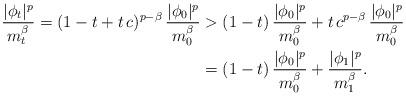
LaTeX: \begin{align*}\frac{|\phi_t|^p}{m_t^\beta}=(1-t+t\,c)^{p-\beta}\, \frac{|\phi_0|^p}{m_0^\beta}&>(1-t)\,\frac{|\phi_0|^p}{m^\beta_0}+t\,c^{p-\beta}\, \frac{|\phi_0|^p}{m_0^\beta}\\&=(1-t)\,\frac{|\phi_0|^p}{m_0^\beta}+\frac{|\phi_1|^p}{m_1^\beta}.\end{align*}